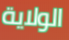
الولاية